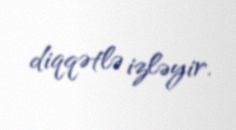
diqqətlə izləyir.